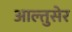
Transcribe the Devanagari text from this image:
आल्तुसेर